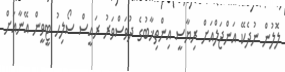
ލޮލުން ނުދެކޭ އަންޖަލްއަށް ރިޔާސީ އިންތިޚާބުގެ ދުވަސްވަރު ރައީސް ސޯލިހު ޓީވީން އޭނާއަށް